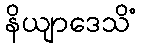
နိယျာဒေသိံ